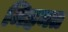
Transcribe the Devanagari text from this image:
मिहनत